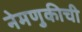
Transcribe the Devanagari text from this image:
नेमणुकीची